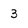
Character: 3